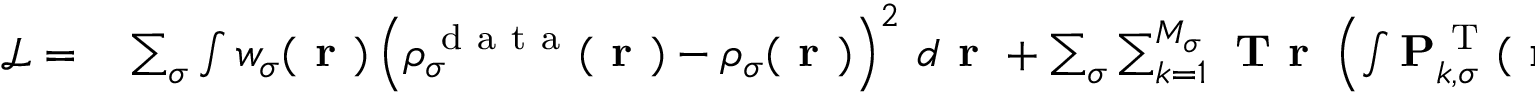
\begin{array} { r l } { \mathcal { L } = } & { { } \sum _ { \sigma } \int w _ { \sigma } ( \boldsymbol { \textbf { r } } ) \left( \rho _ { \sigma } ^ { \mathrm { ~ d ~ a ~ t ~ a ~ } } ( \boldsymbol { \textbf { r } } ) - \rho _ { \sigma } ( \boldsymbol { \textbf { r } } ) \right) ^ { 2 } \, d \boldsymbol { \textbf { r } } + \sum _ { \sigma } \sum _ { k = 1 } ^ { M _ { \sigma } } \textbf { T r } \left( \int \mathbf { P } _ { k , \sigma } ^ { \mathrm { ~ T ~ } } ( \boldsymbol { \textbf { r } } ) \left( \hat { \mathcal { { H } } } _ { \sigma } \boldsymbol { \Psi } _ { k , \sigma } ( \boldsymbol { \textbf { r } } ) - \boldsymbol { \Psi } _ { k , \sigma } ( \boldsymbol { \textbf { r } } ) \mathbf { E } _ { k , \sigma } \right) \, d \boldsymbol { \textbf { r } } \right) + } \end{array}